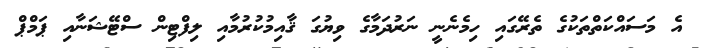
އެ މަސައްކަތްތަކުގެ ތެރޭގައި ހިމެނެނީ ނަރުދަމާގެ ވިޔުގަ ޤާއިމުކުރުމާއި ލިފްޓިން ސްޓޭޝަނާއި ޕަމްޕް